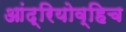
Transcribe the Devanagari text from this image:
आंद्रियोव्हिच